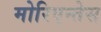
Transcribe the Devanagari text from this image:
मोरिएन्तेस